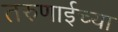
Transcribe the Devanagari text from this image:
तरुणाईच्या